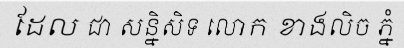
ដែល ជា សន្និសិទ លោក ខាងលិច ភ្នំ